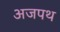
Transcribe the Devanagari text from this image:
अजपथ